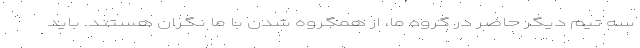
سه تیم دیگر حاضر در گروه ما، از همگروه شدن با ما نگران هستند. باید